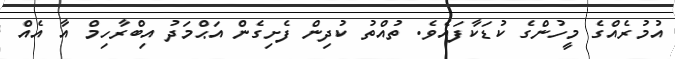
އުމުރެއްގެ މީހުންގެ ކުޑަކާފައެވެ. ތުއްތު ކުދިން ފެށިގެން އަޙްމަދު އިބްރާހިމް އާ އެއް